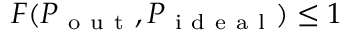
F ( P _ { \mathrm { ~ o ~ u ~ t ~ } } , P _ { \mathrm { ~ i ~ d ~ e ~ a ~ l ~ } } ) \leq 1